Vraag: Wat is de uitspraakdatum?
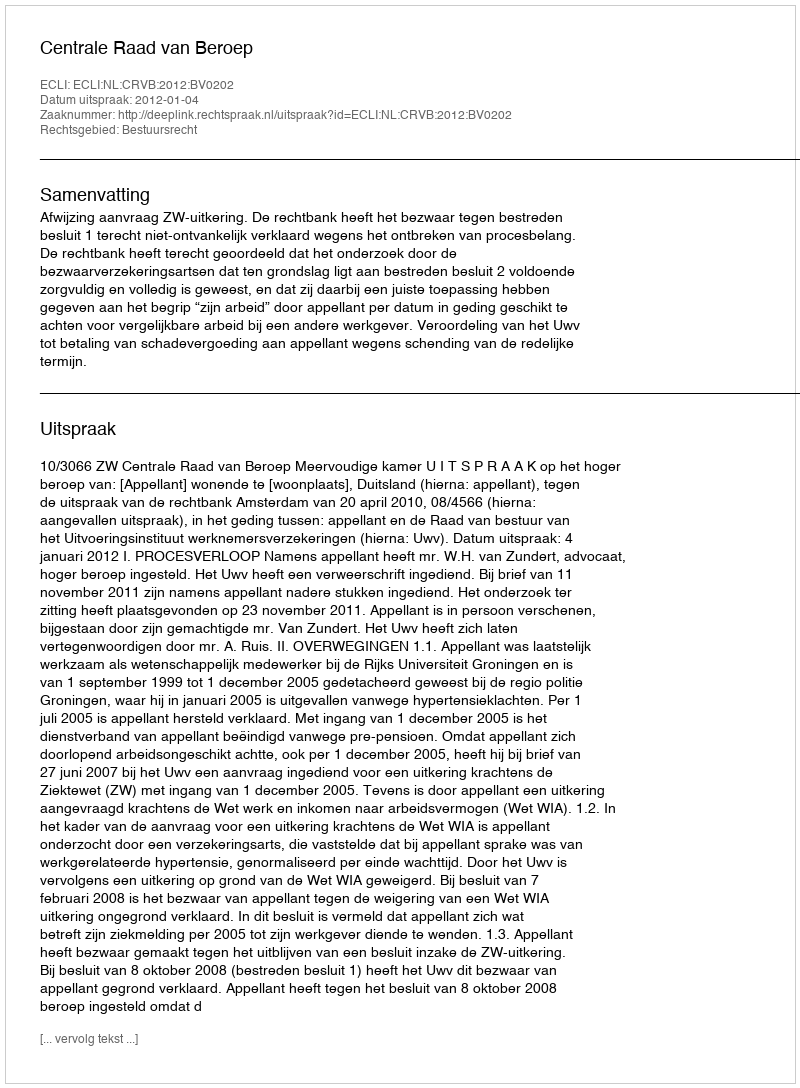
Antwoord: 2012-01-04